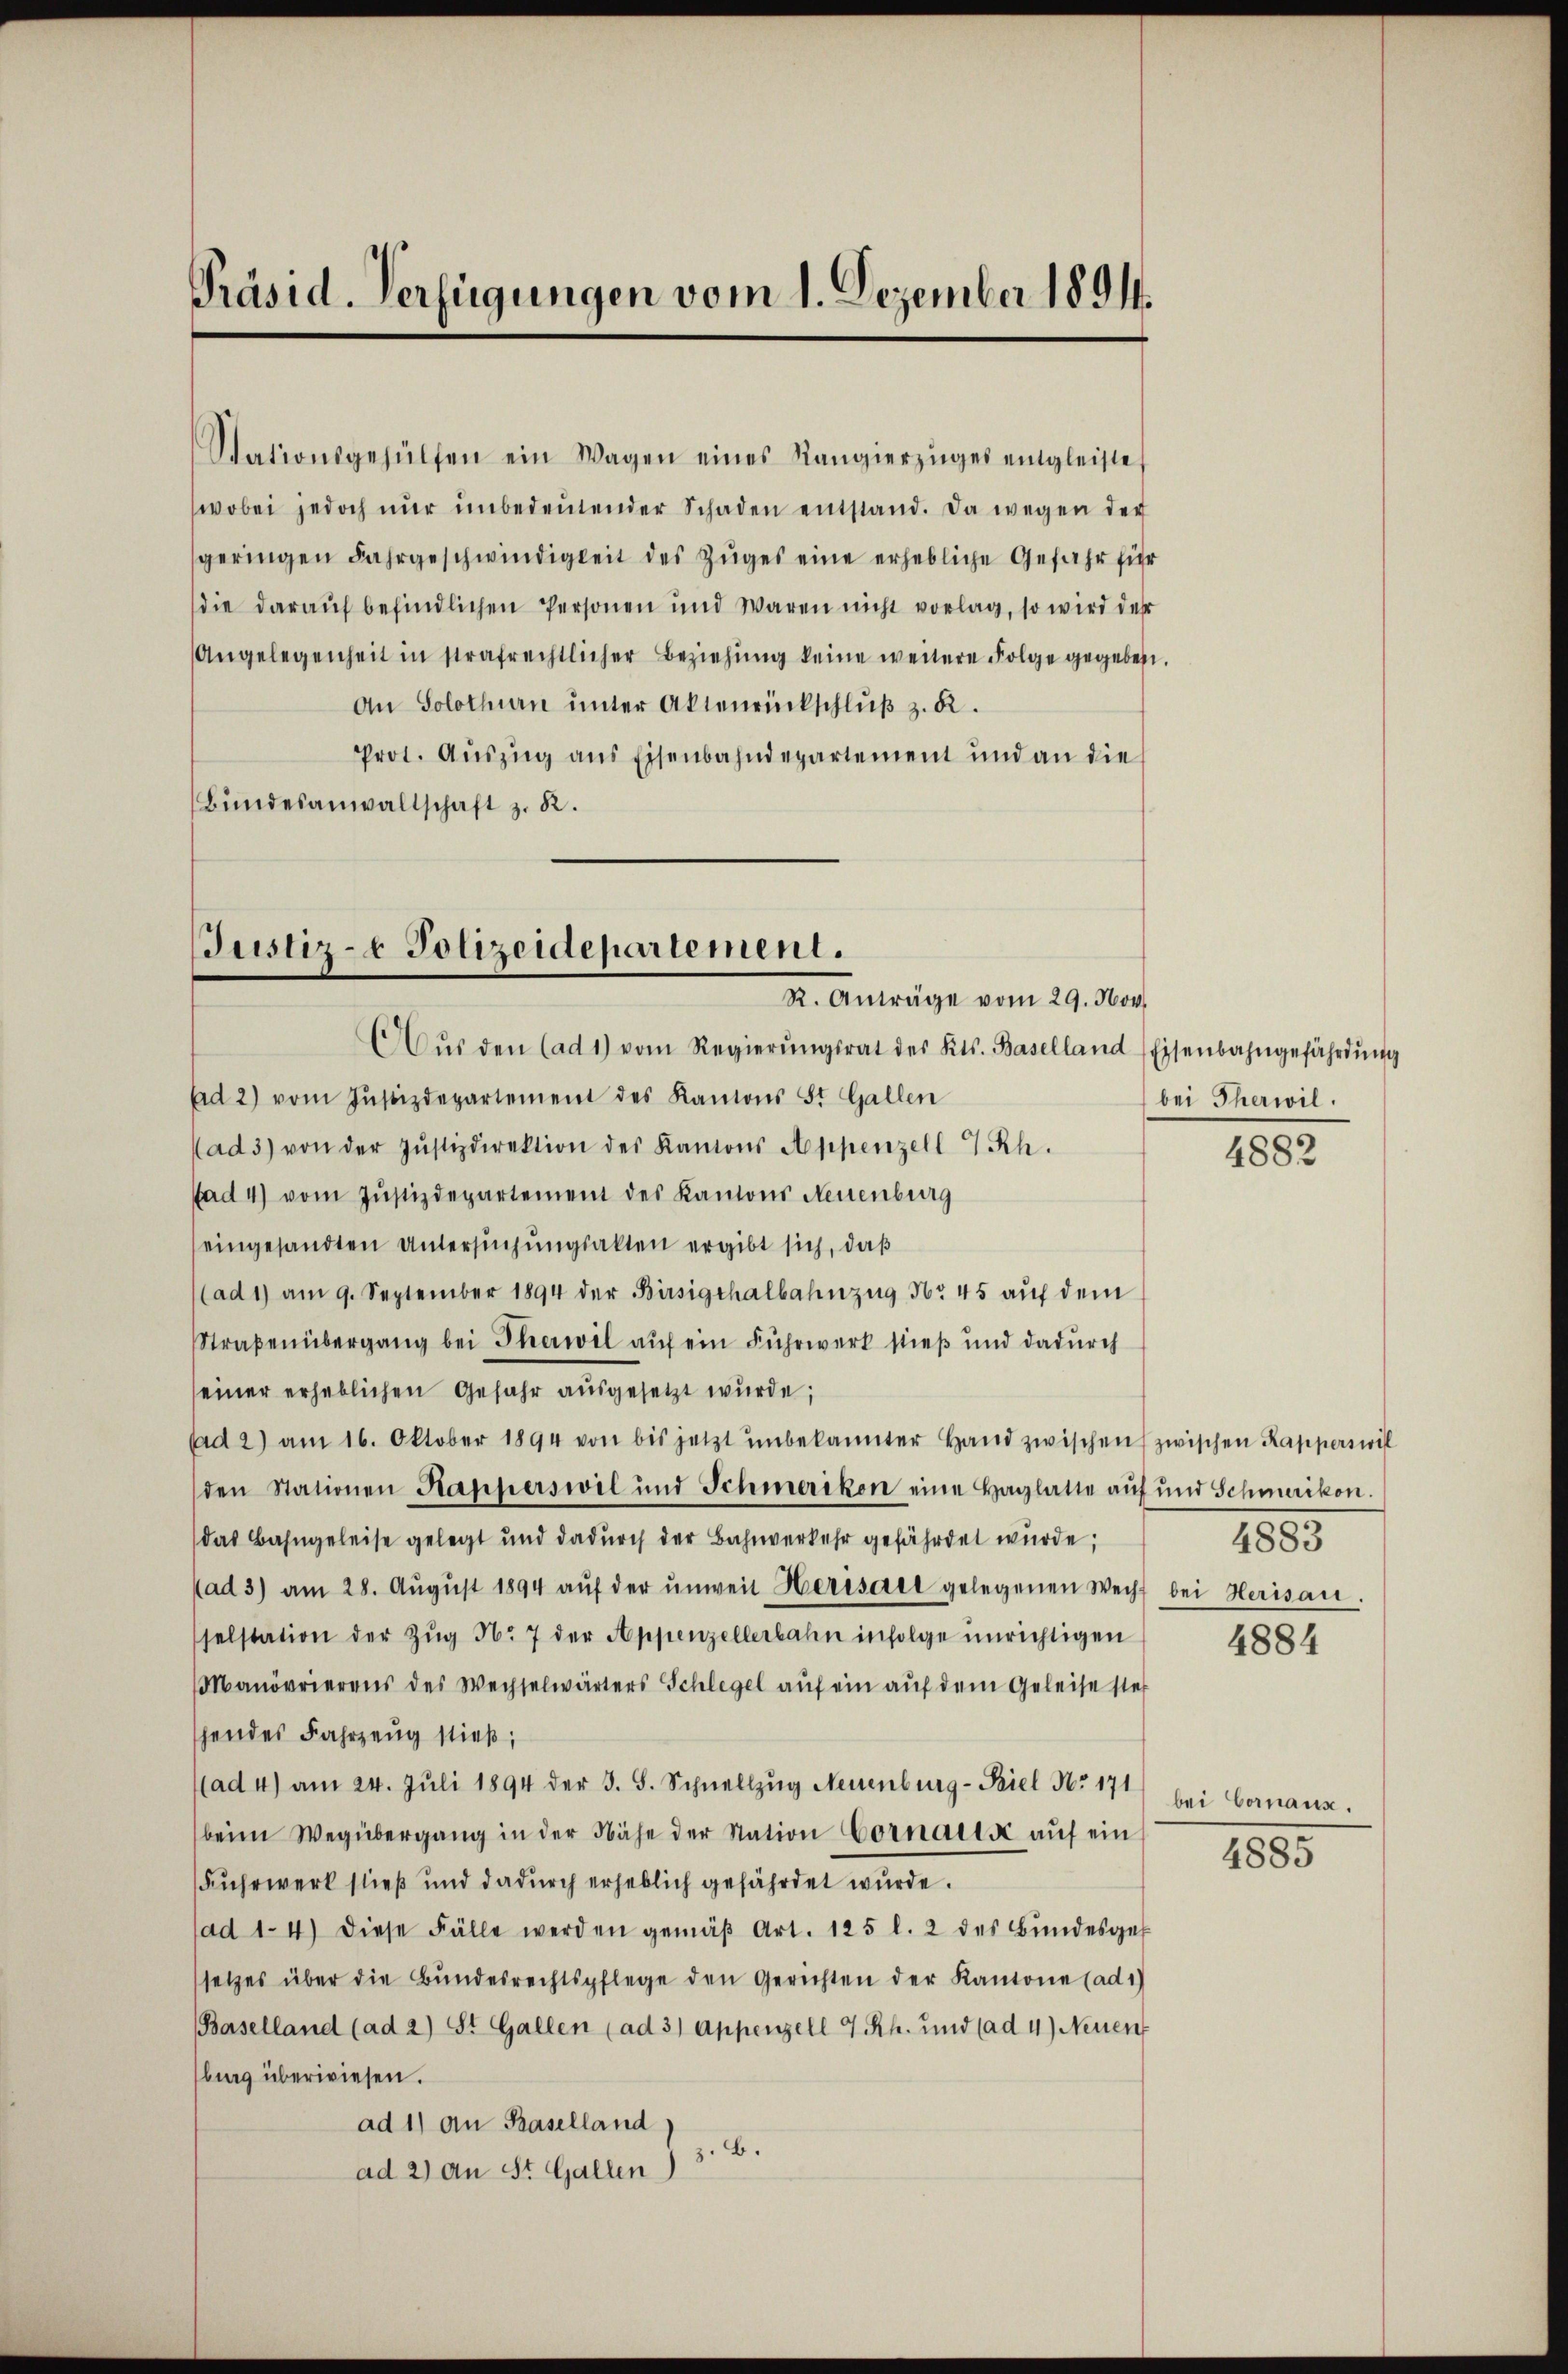
Präsid. Verfügungen vom 1. Dezember 1894.

Stationsgehülfen ein Wagen eines Rangierziges entgleiste
wobei jedoch nŭr ŭnbedeŭtender Schaden entstand. Da wegen der
geringen Fahrgeschwindigkeit des Zŭges eine erhebliche Gefahr für
die darauf befindlichen Personen und Waren nicht vorlag, so wird des
Angelegenheit in strafrechtlicher Beziehŭng keine weitere Folge gegeben.
An Solothurn unter Aktenrückschlŭβ z. B.
Prot. Aŭszŭg ans Eisenbahndepartement und an die
Bundesanwaltschaft z. R.

Justiz- & Polizeidepartement.
R. Anträge vom 29. Nov.

Aŭs den (ad 1) vom Regierŭngsrat des Kts. Baselland Eisenbahngefährdŭng
Ad 2) vom Justizdepartement des Kantons St. Gallen
ad 3) von der Justizdirektion des Kantons Appenzell Rh.
ad 4) vom Justizdepartement des Kantons Neuenburg
eingesandten Untersŭchŭngsakten ergibt sich, daß
(ad 1) am 9. September 1894 der Birsigshalbahnzug No. 45 auf dem
Straßenübergang bei Therwil auf ein Fuhrwerk stieß und dadurch
seiner erheblichen Gefahr ausgesetzt wurde;
(ad 2) am 16. Oktober 1894 von bis jetzt ŭnbekannter Hand zwischen zwischen Kapperswil
den Stationen Kapperswil und Schmerikon eine Haglatte auf und Schmerikon.
das Bahngeleise gelegt und dadŭrch der Bahnverkehr gefährdet würde;
(ad 3) am 28. Aŭgŭst 1894 aŭf der ŭnweil Herisaet gelegenen Wechs bei Herisau.
selstation der Zŭg Nr. 7 der Appenzellerbahn infolge unrichtigen
Manövrierens des Wechselwärters Schlegel aŭf ein aŭf dem Geleise steh
hendes Fahrzeug stieß,
(ad 4) am 24. Jŭli 1894 der 3. S. Schnellzŭg Neuenburg-Peiel No 171) bei Comanz.
beim Wegübergang in der Nähe der Station Cornack aŭf ein
Fuhrwerk stieß und dadurch erheblich gefährdet wurde.
ad 1. 4) diese Fälle werden gemäβ Art. 125 l. 2 des Bŭndesgef
setzes über die Bŭndesrechtspflege den Gerichten der Kantone (ad1)
(Baselland (ad 2) St. Gallen (ad 3) Appenzell 4 Rh. und (ad 4) Neuen
burg überwiesen.
ad 1) an Baselland
z. B.
ad 2) an St. Gallen)

bei Therwil.

4882

1855

4884

4885